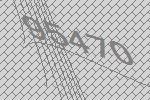
95470